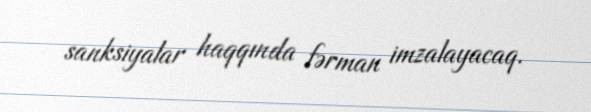
sanksiyalar haqqında fərman imzalayacaq.